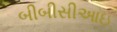
બીબીસીઆઇ